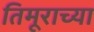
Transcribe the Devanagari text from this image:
तिमूराच्या